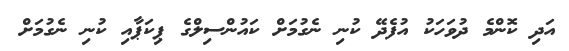
އަދި ކޮންމެ ދުވަހަކު އުފެދޭ ކުނި ނެގުމަށް ކައުންސިލްގެ ޕިކަޕާއި ކުނި ނެގުމަށް